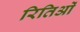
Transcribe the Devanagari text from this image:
रितिओं